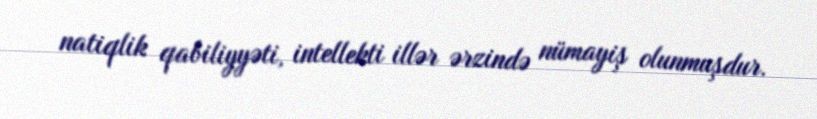
natiqlik qabiliyyəti, intellekti illər ərzində nümayiş olunmuşdur.